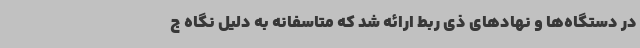
در دستگاه‌ها و نهادهای ذی ربط ارائه شد که متاسفانه به دلیل نگاه ج